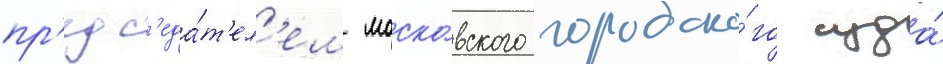
пр'едс'еда́т'ел'ем моско́вского городско́го суда́